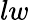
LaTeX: lw